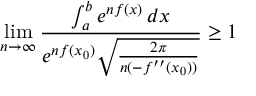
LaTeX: \operatorname* { l i m } _ { n \to \infty } { \frac { \int _ { a } ^ { b } e ^ { n f ( x ) } \, d x } { e ^ { n f ( x _ { 0 } ) } { \sqrt { \frac { 2 \pi } { n ( - f ^ { \prime \prime } ( x _ { 0 } ) ) } } } } } \geq 1